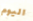
اليوم